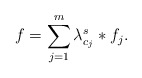
\begin{align*}f=\sum_{j=1}^m\lambda_{c_j}^s\ast f_j.\end{align*}